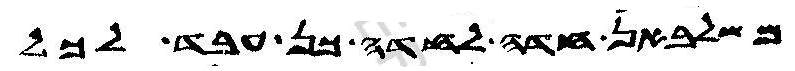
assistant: משלבאן חדה לחדה כן עבד לכל